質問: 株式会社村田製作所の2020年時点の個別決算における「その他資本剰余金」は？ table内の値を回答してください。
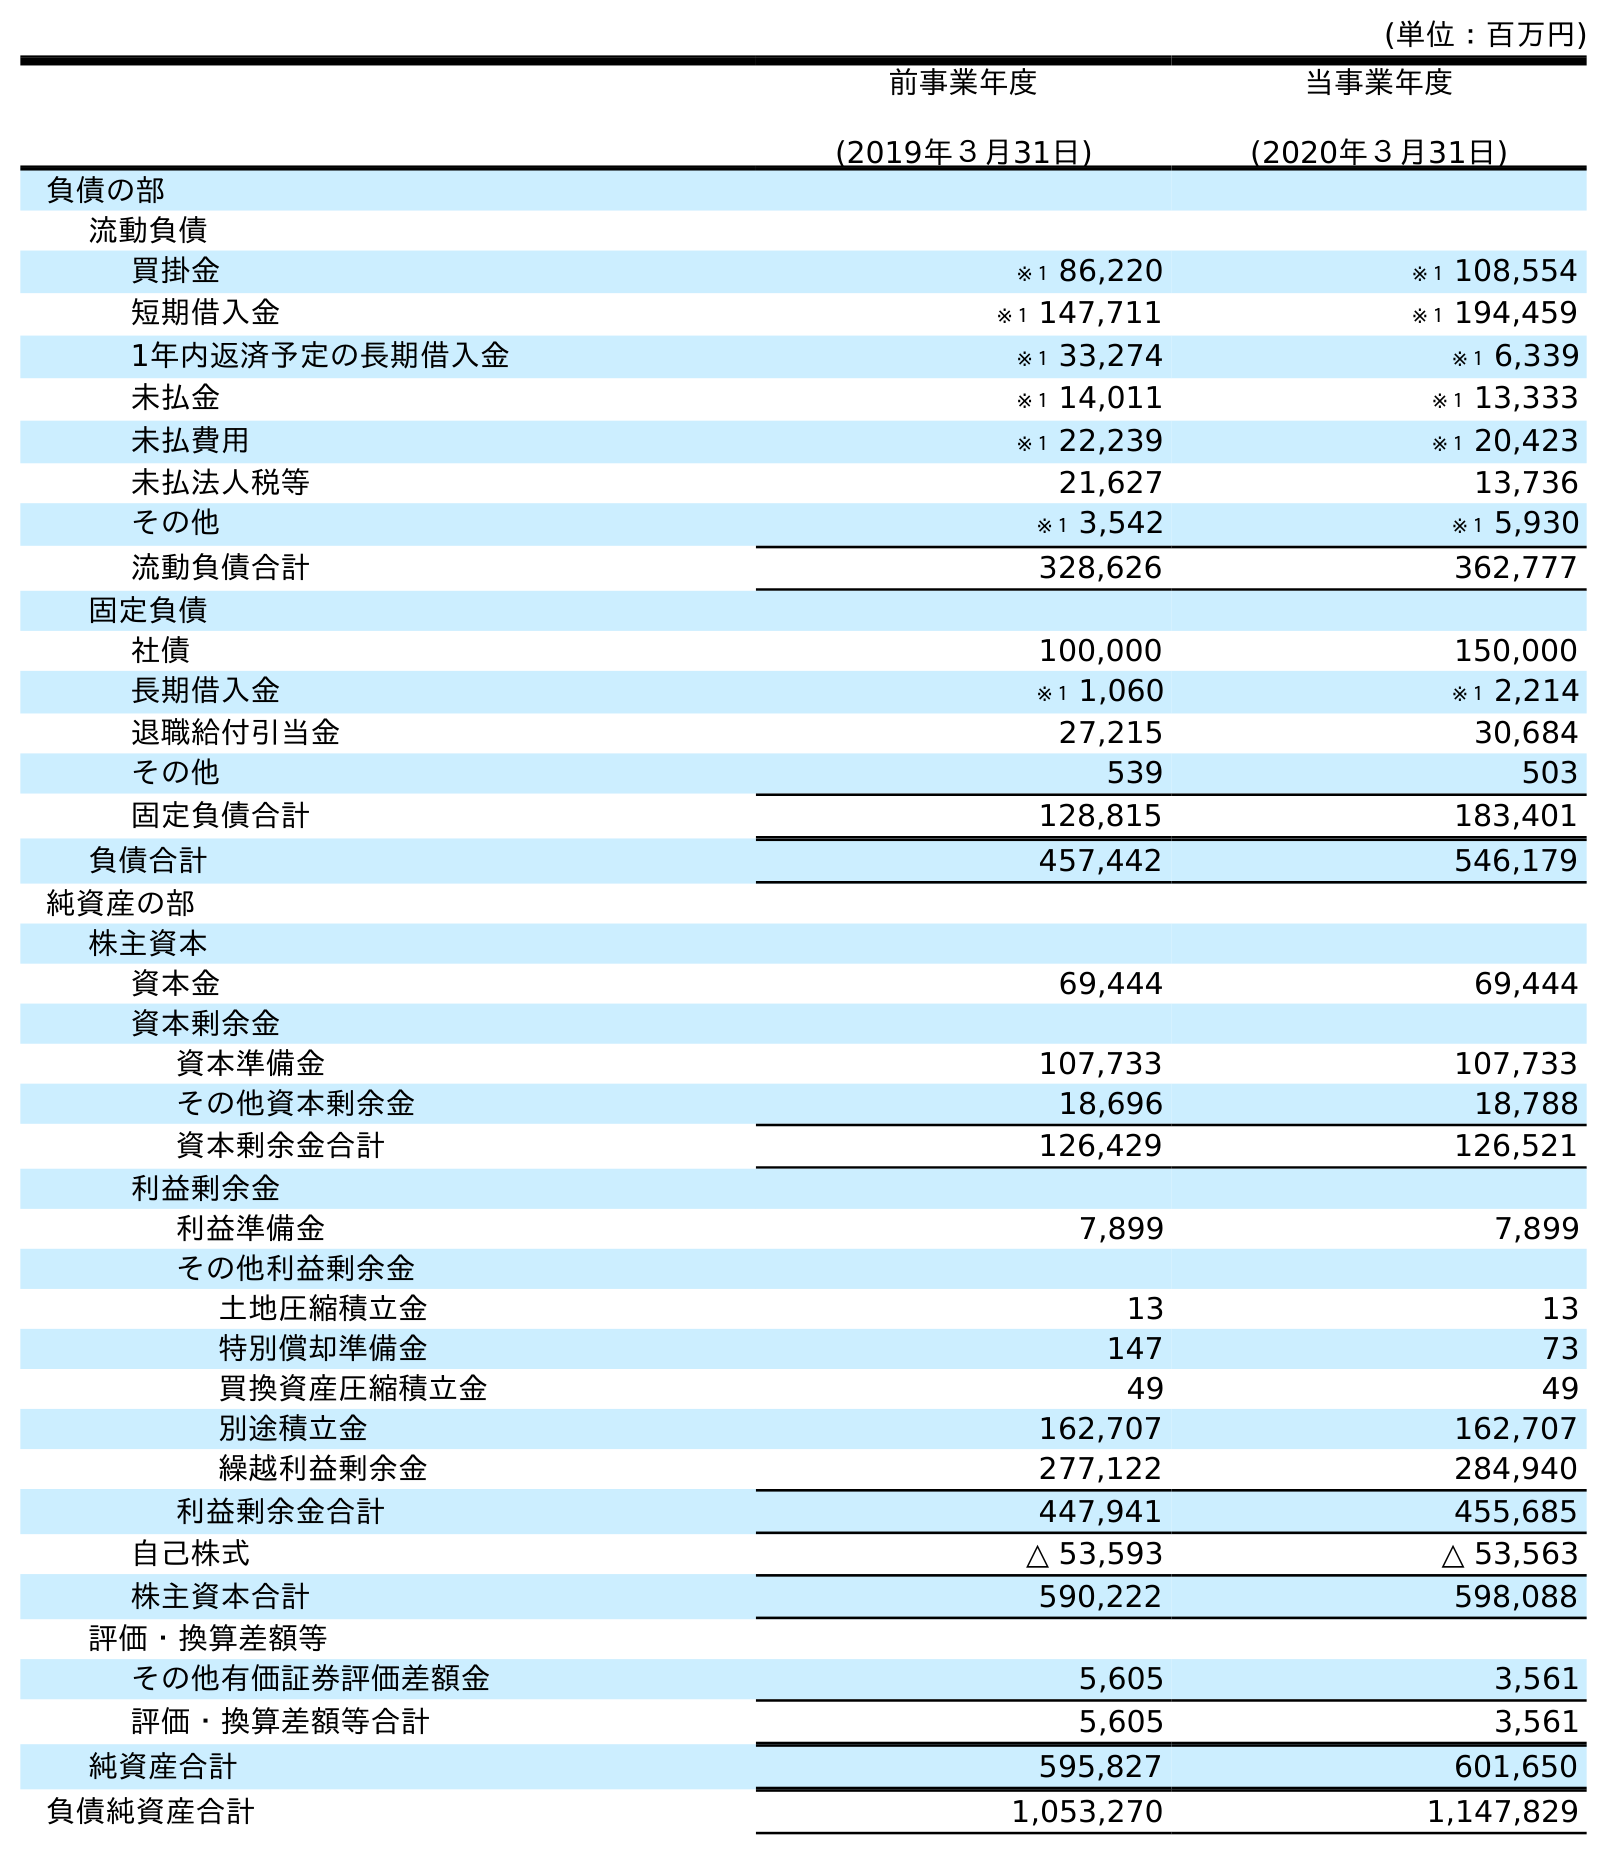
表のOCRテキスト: (単位：百万円) 前事業年度 (2019年３月31日) 当事業年度 (2020年３月31日) 負債の部 流動負債 買掛金 ※１ 86,220 ※１ 108,554 短期借入金 ※１ 147,711 ※１ 194,459 1年内返済予定の長期借入金 ※１ 33,274 ※１ 6,339 未払金 ※１ 14,011 ※１ 13,333 未払費用 ※１ 22,239 ※１ 20,423 未払法人税等 21,627 13,736 その他 ※１ 3,542 ※１ 5,930 流動負債合計 328,626 362,777 固定負債 社債 100,000 150,000 長期借入金 ※１ 1,060 ※１ 2,214 退職給付引当金 27,215 30,684 その他 539 503 固定負債合計 128,815 183,401 負債合計 457,442 546,179 純資産の部 株主資本 資本金 69,444 69,444 資本剰余金 資本準備金 107,733 107,733 その他資本剰余金 18,696 18,788 資本剰余金合計 126,429 126,521 利益剰余金 利益準備金 7,899 7,899 その他利益剰余金 土地圧縮積立金 13 13 特別償却準備金 147 73 買換資産圧縮積立金 49 49 別途積立金 162,707 162,707 繰越利益剰余金 277,122 284,940 利益剰余金合計 447,941 455,685 自己株式 △ 53,593 △ 53,563 株主資本合計 590,222 598,088 評価・換算差額等 その他有価証券評価差額金 5,605 3,561 評価・換算差額等合計 5,605 3,561 純資産合計 595,827 601,650 負債純資産合計 1,053,270 1,147,829
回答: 18,788